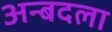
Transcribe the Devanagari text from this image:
अन्बदला